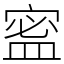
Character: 䀄